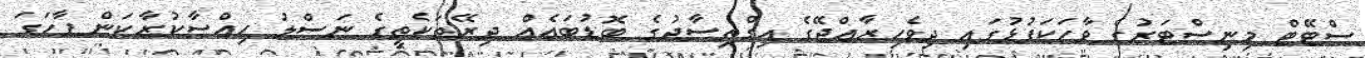
ސްޓޭޓް މިނިސްޓަރުގެ ވާހަކަފުޅުގައި ދިވެހިރާއްޖޭގެ އިގްތިސާދުގެ ބޮޑުބައެއް ދިރޭތަކެތީގެ ނަސްލު ހިއްސާކުރާކަން ފާހަގަ